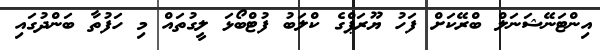
އިންޓަނޭޝަނަލް ބްރޭކަށް ފަހު ޔޫރަޕްގެ ކްލަބު ފުޓްބޯޅަ ލީގުތައް މި ހަފުތާ ބަންދުގައި